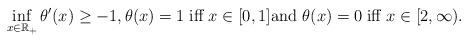
LaTeX: \begin{align*} \inf_{x\in\mathbb{R}_+}\theta^\prime(x)\geq -1, \theta(x)=1\;\mbox{\rm iff } x\in [0,1]\mbox{\rm and } \theta(x)=0 \;\mbox{\rm iff } x\in [2,\infty).\end{align*}